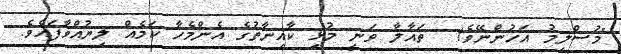
"މުސްލިމު އަހުންނޭވެ!  ތައާލާ ވަނީ މުޅި ކާއިނާތުގެ އެންމެހާ ކަމެއް ލިޔުއްވާފައެވެ.